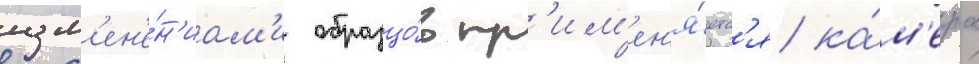
изм'ен'е́н'иам'и образцо́в пр'им'ен'я́етс'я ка́м'ера